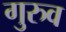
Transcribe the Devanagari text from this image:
गुरुव